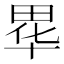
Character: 𮵁